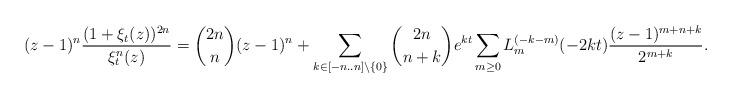
LaTeX: \begin{align*}(z-1)^n\frac{(1+\xi_t(z))^{2n}}{\xi_t^n(z)} &= \binom{2n}{n}(z-1)^n + \sum_{k \in [-n..n]\setminus \{0\}} \binom{2n}{n+k}e^{kt} \sum_{m \geq 0}L_{m}^{(-k-m)}(-2kt)\frac{(z-1)^{m+n+k}}{2^{m+k}}.\end{align*}